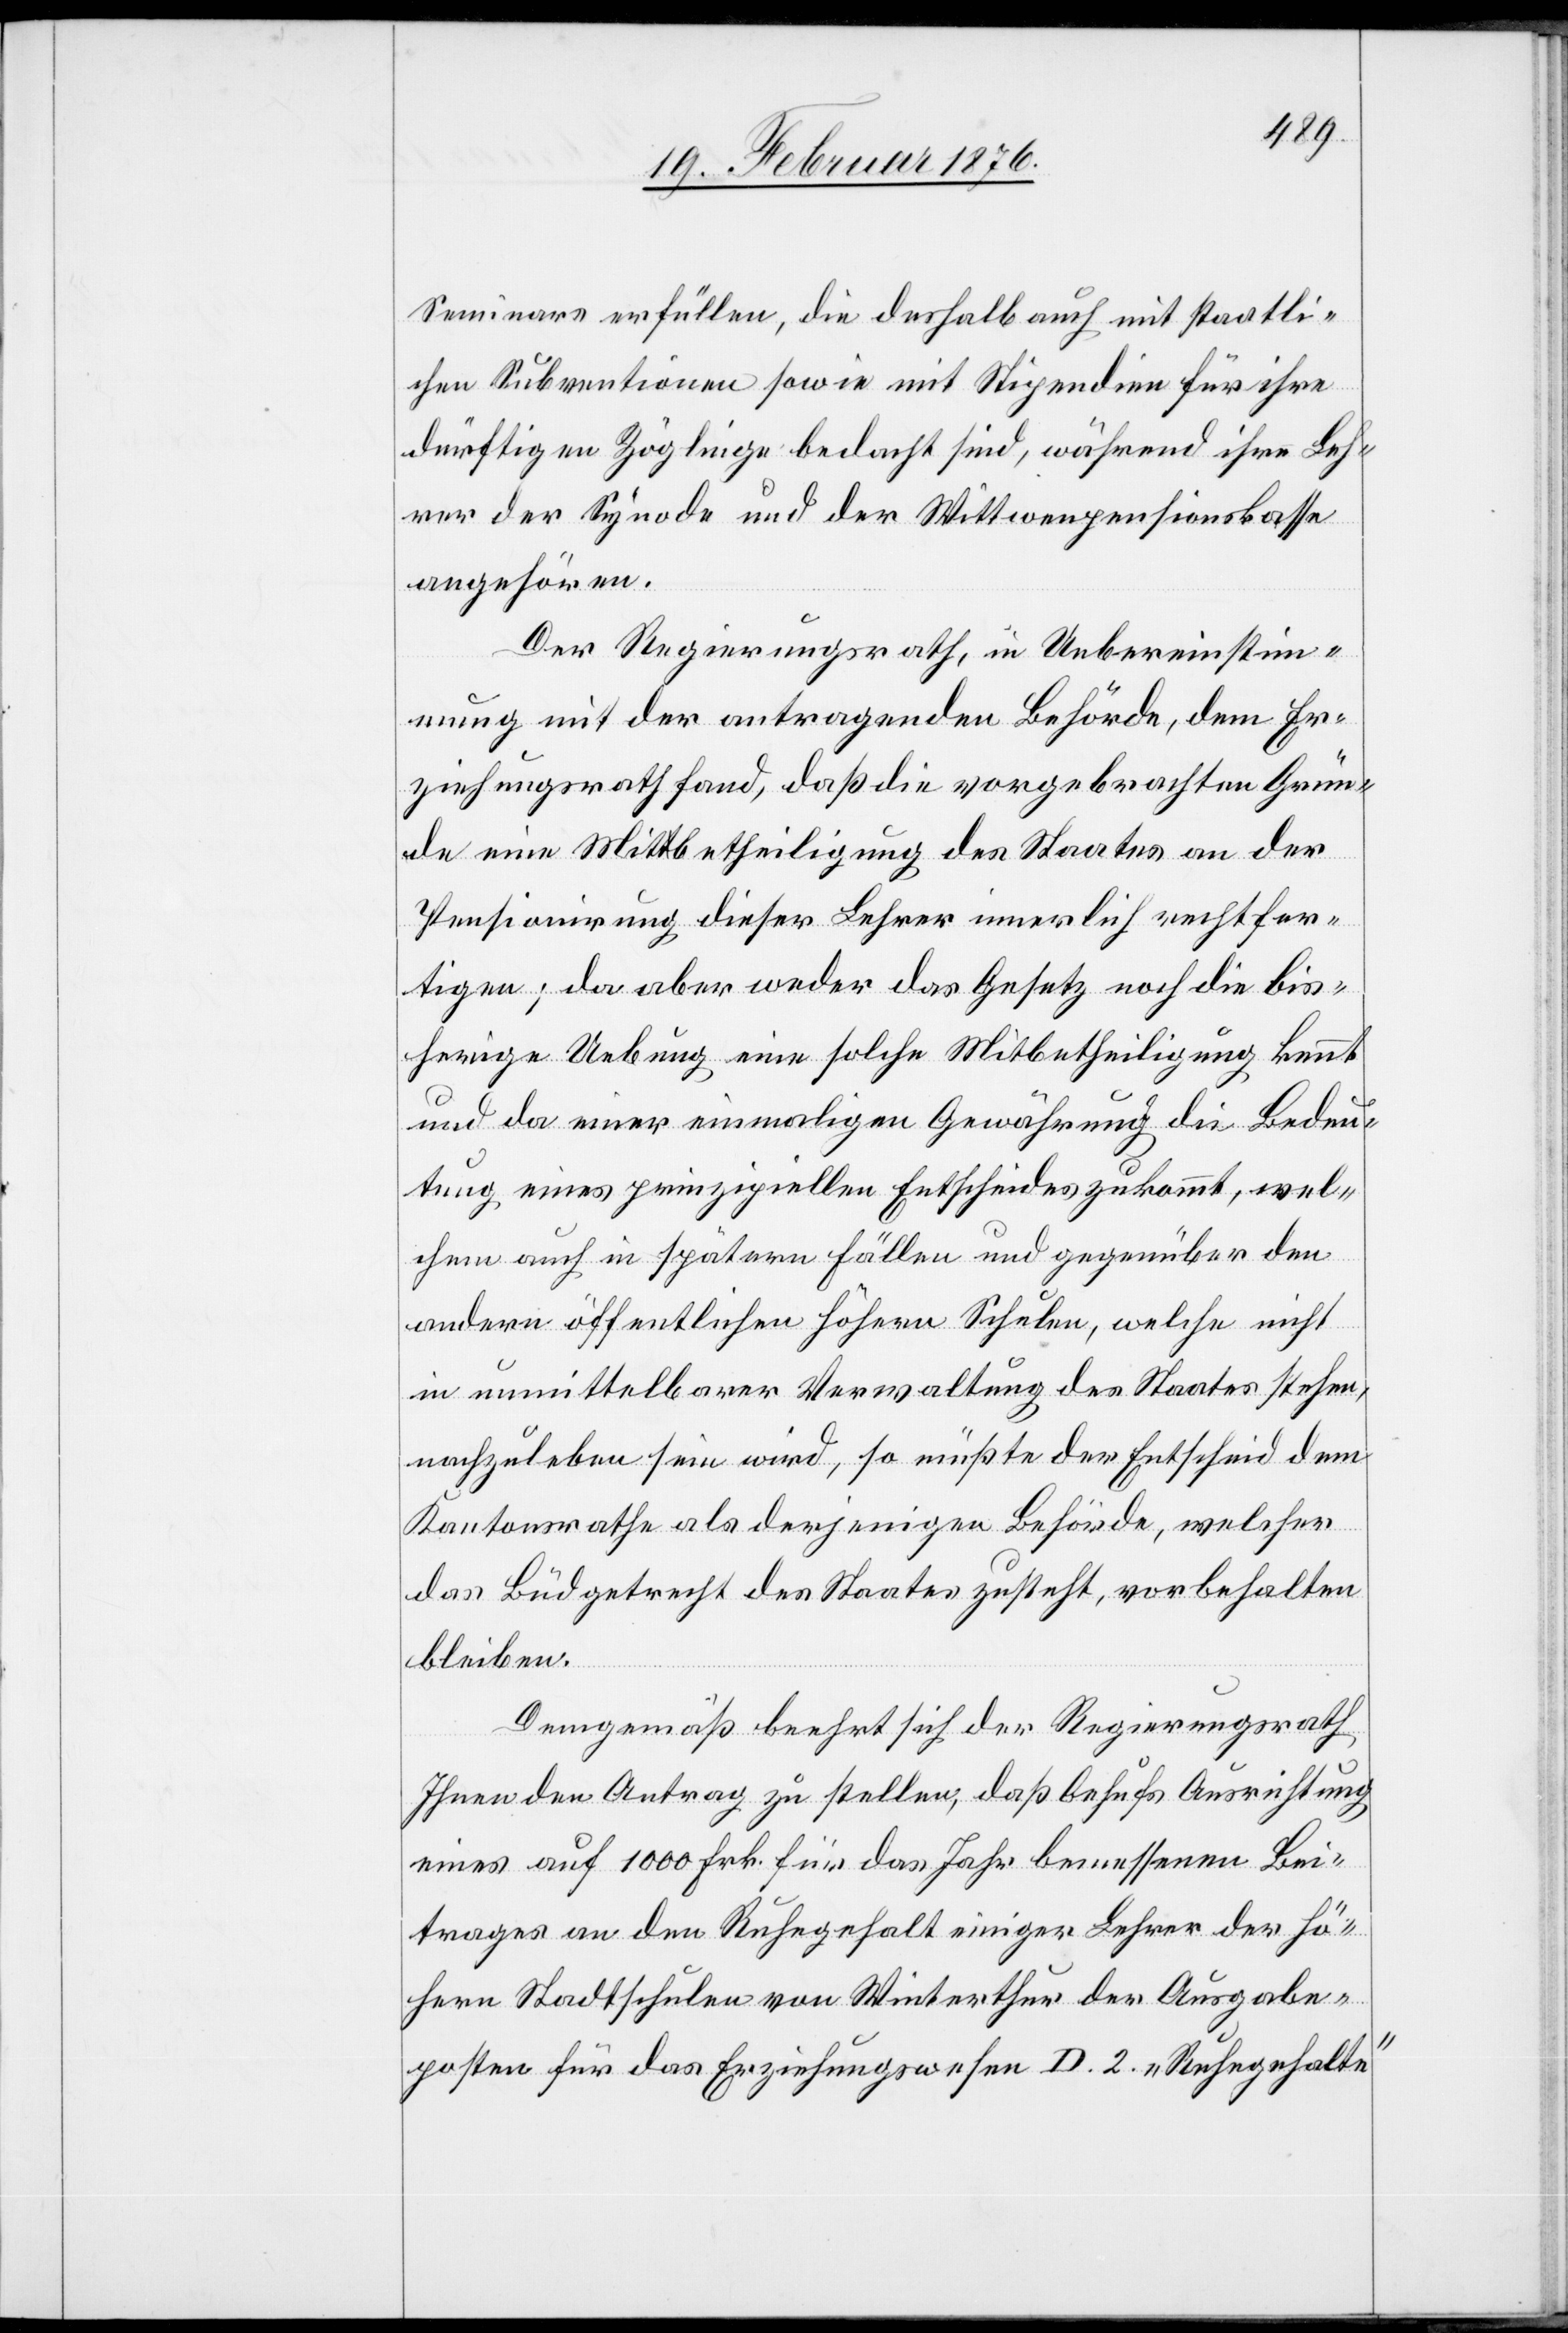
Seminars erfüllen, die deshalb auch mit staatli¬
chen Subventionen sowie mit Stipendien für ihre
dürftigen Zöglinge bedacht sind, während ihre Leh¬
rer der Synode und der Wittwenpensionskasse
angehören.
Der Regierungsrath, in Uebereinstim¬
mung mit der antragenden Behörde, dem Er¬
ziehungsrath fand, daß die vorgebrachten Grün¬
de eine Mitbetheiligung des Staates an der
Pensionierung dieser Lehrer innerlich rechtfer¬
tigen; da aber weder das Gesetz noch die bis¬
herige Uebung eine solche Mitbetheiligung kennt
und da einer einmaligen Gewährung die Bedeu¬
tung eines prinzipiellen Entscheides zukommt, wel¬
chem auch in späteren Fällen und gegenüber den
andern öffentlichen höhern Schulen, welche nicht
in unmittelbarer Verwaltung des Staates stehen,
nachzuleben sein wird, so müßte der Entscheid dem
Kantonsrathe als derjenigen Behörde, welcher
das Büdgetrecht des Staates zusteht, vorbehalten
bleiben.
Demgemäß beehrt sich der Regierungsrath
Ihnen den Antrag zu stellen, daß behufs Ausrichtung
eines auf 1000 Frk. für das Jahr bemessenen Bei¬
trages an den Ruhegehalt einiger Lehrer der hö¬
hern Stadtschulen von Winterthur der Ausgabe¬
posten für das Erziehungswesen D. 2. „Ruhegehalte“